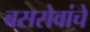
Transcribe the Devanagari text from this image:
बससेवांचे